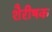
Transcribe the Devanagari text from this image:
शैरीषक